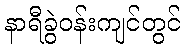
နာရီခွဲဝန်းကျင်တွင်